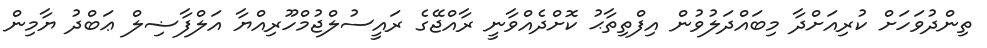
ތިންދުވަހަށް ކުރިއަށްދާ މިބައްދަލުވުން އިފްތިތާޙު ކޮށްދެއްވާނީ ރާއްޖޭގެ ރައީސުލްޖުމްހޫރިއްޔާ އަލްފާޟިލް ޢަބްދު ޔާމިން